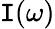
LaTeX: \mathtt{I}(\omega)